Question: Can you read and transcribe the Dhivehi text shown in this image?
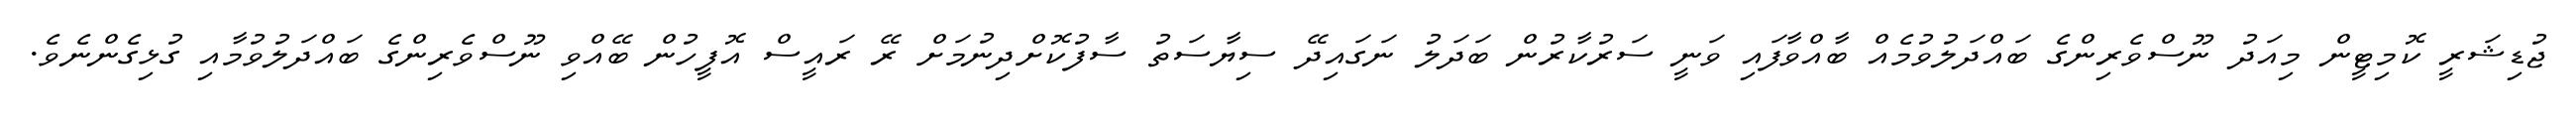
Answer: ޖުޑިޝަރީ ކޮމިޓީން މިއަދު ނޫސްވެރިންގެ ބައްދަލުވުމެއް ބާއްވާފައި ވަނީ ސަރުކާރުން ބަދަލު ނަގައިދޭ ސިޔާސަތު ސާފުކޮށްދިނުމަށް ރޭ ރައީސް އޮފީހުން ބޭއްވި ނޫސްވެރިންގެ ބައްދަލުވުމާއި ގުޅިގެންނެވެ.